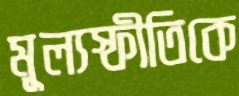
মূল্যস্ফীতিকে